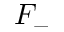
F _ { - }